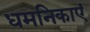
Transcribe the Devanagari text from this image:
धमनिकाएं